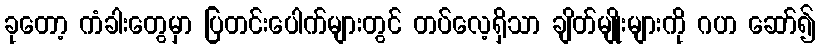
ခုတော့ ကံခါးတွေမှာ ပြတင်းပေါက်များတွင် တပ်လေ့ရှိသာ ချိတ်မျိုးများကို ဂဟ ဆော်၍